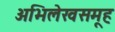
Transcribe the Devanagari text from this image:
अभिलेखसमूह